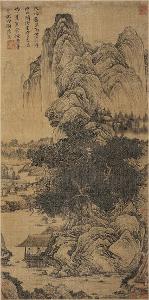
高斋今夜雨，独卧武昌城。